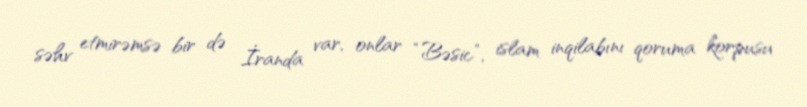
səhv etmirəmsə bir də İranda var, onlar “Bəsic”, islam inqilabını qoruma korpusu